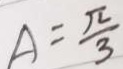
A = \frac { \pi } { 3 }